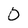
Character: 0